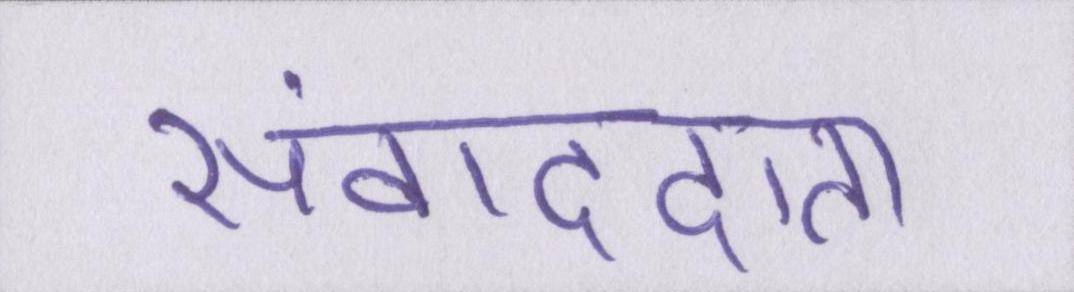
संवाददाता